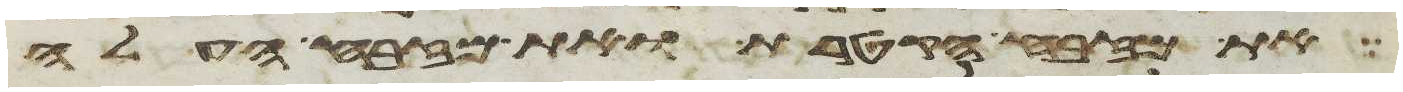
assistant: את מזבח הקטרת ואת מזבח העלה